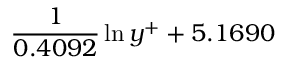
\frac { 1 } { 0 . 4 0 9 2 } \ln { y ^ { + } } + 5 . 1 6 9 0